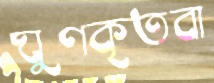
ঘুণকৃতবা